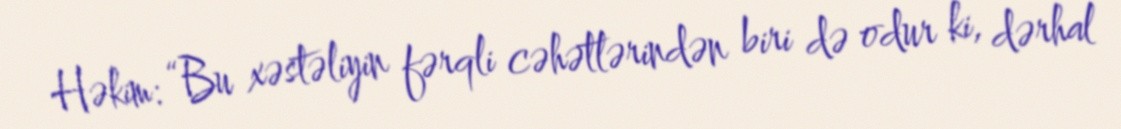
Həkim: “Bu xəstəliyin fərqli cəhətlərindən biri də odur ki, dərhal